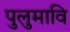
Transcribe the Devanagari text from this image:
पुलुमावि